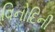
વિનોદિની